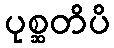
ပုစ္ဆတိပိ